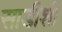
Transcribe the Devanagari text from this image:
साडीशी